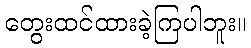
တွေးထင်ထားခဲ့ကြပါဘူး။